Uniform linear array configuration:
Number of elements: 12
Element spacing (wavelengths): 0.5
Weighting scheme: hamming
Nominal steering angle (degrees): -30
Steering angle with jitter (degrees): -28.797
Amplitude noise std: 0.05
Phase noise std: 0.05

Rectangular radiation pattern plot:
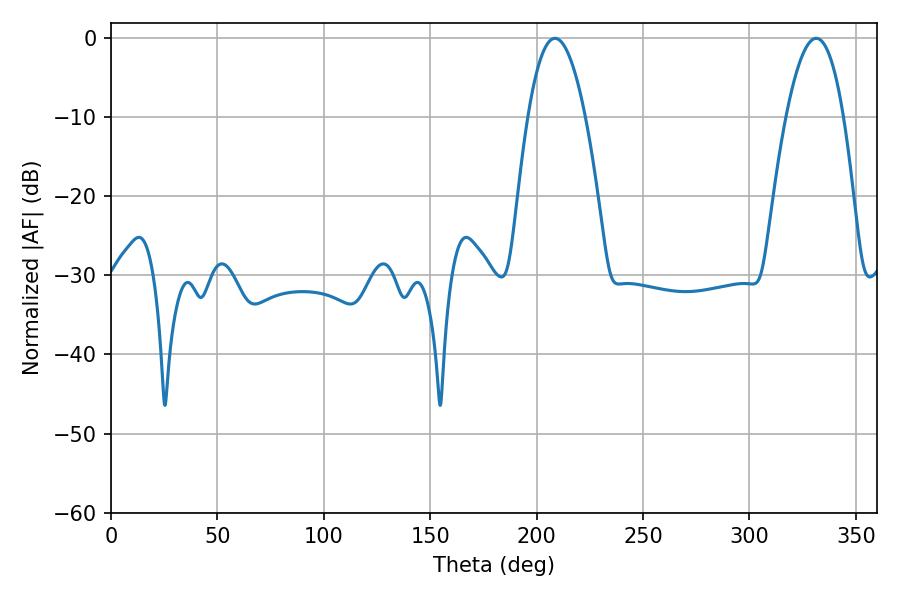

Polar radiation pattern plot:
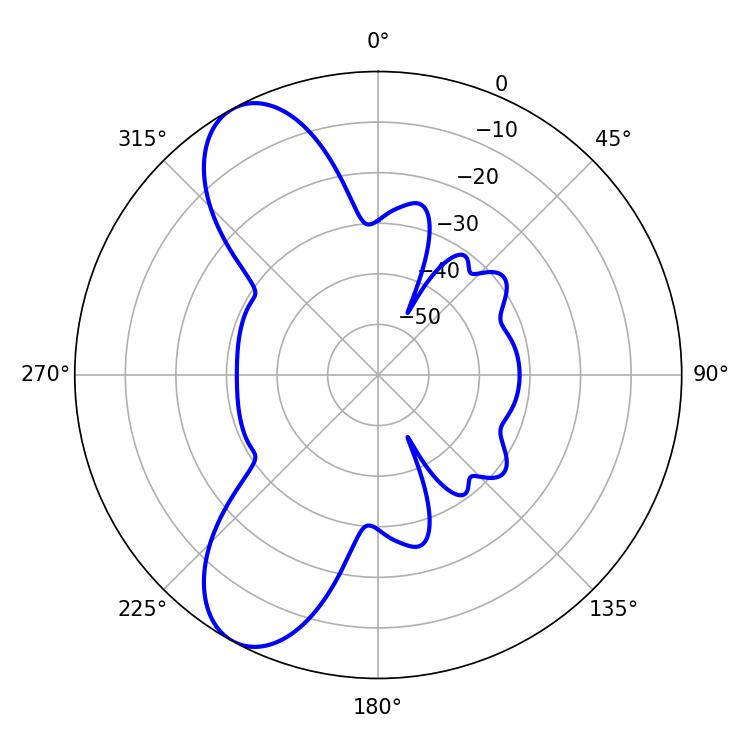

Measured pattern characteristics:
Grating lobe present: FALSE
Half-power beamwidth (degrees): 14.94
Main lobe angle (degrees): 208.62